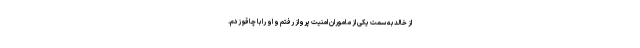
از خالد به سمت یکی از ماموران امنیت پرواز رفتم و او را با چاقو زدم.